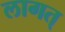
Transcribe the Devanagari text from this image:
लागत्